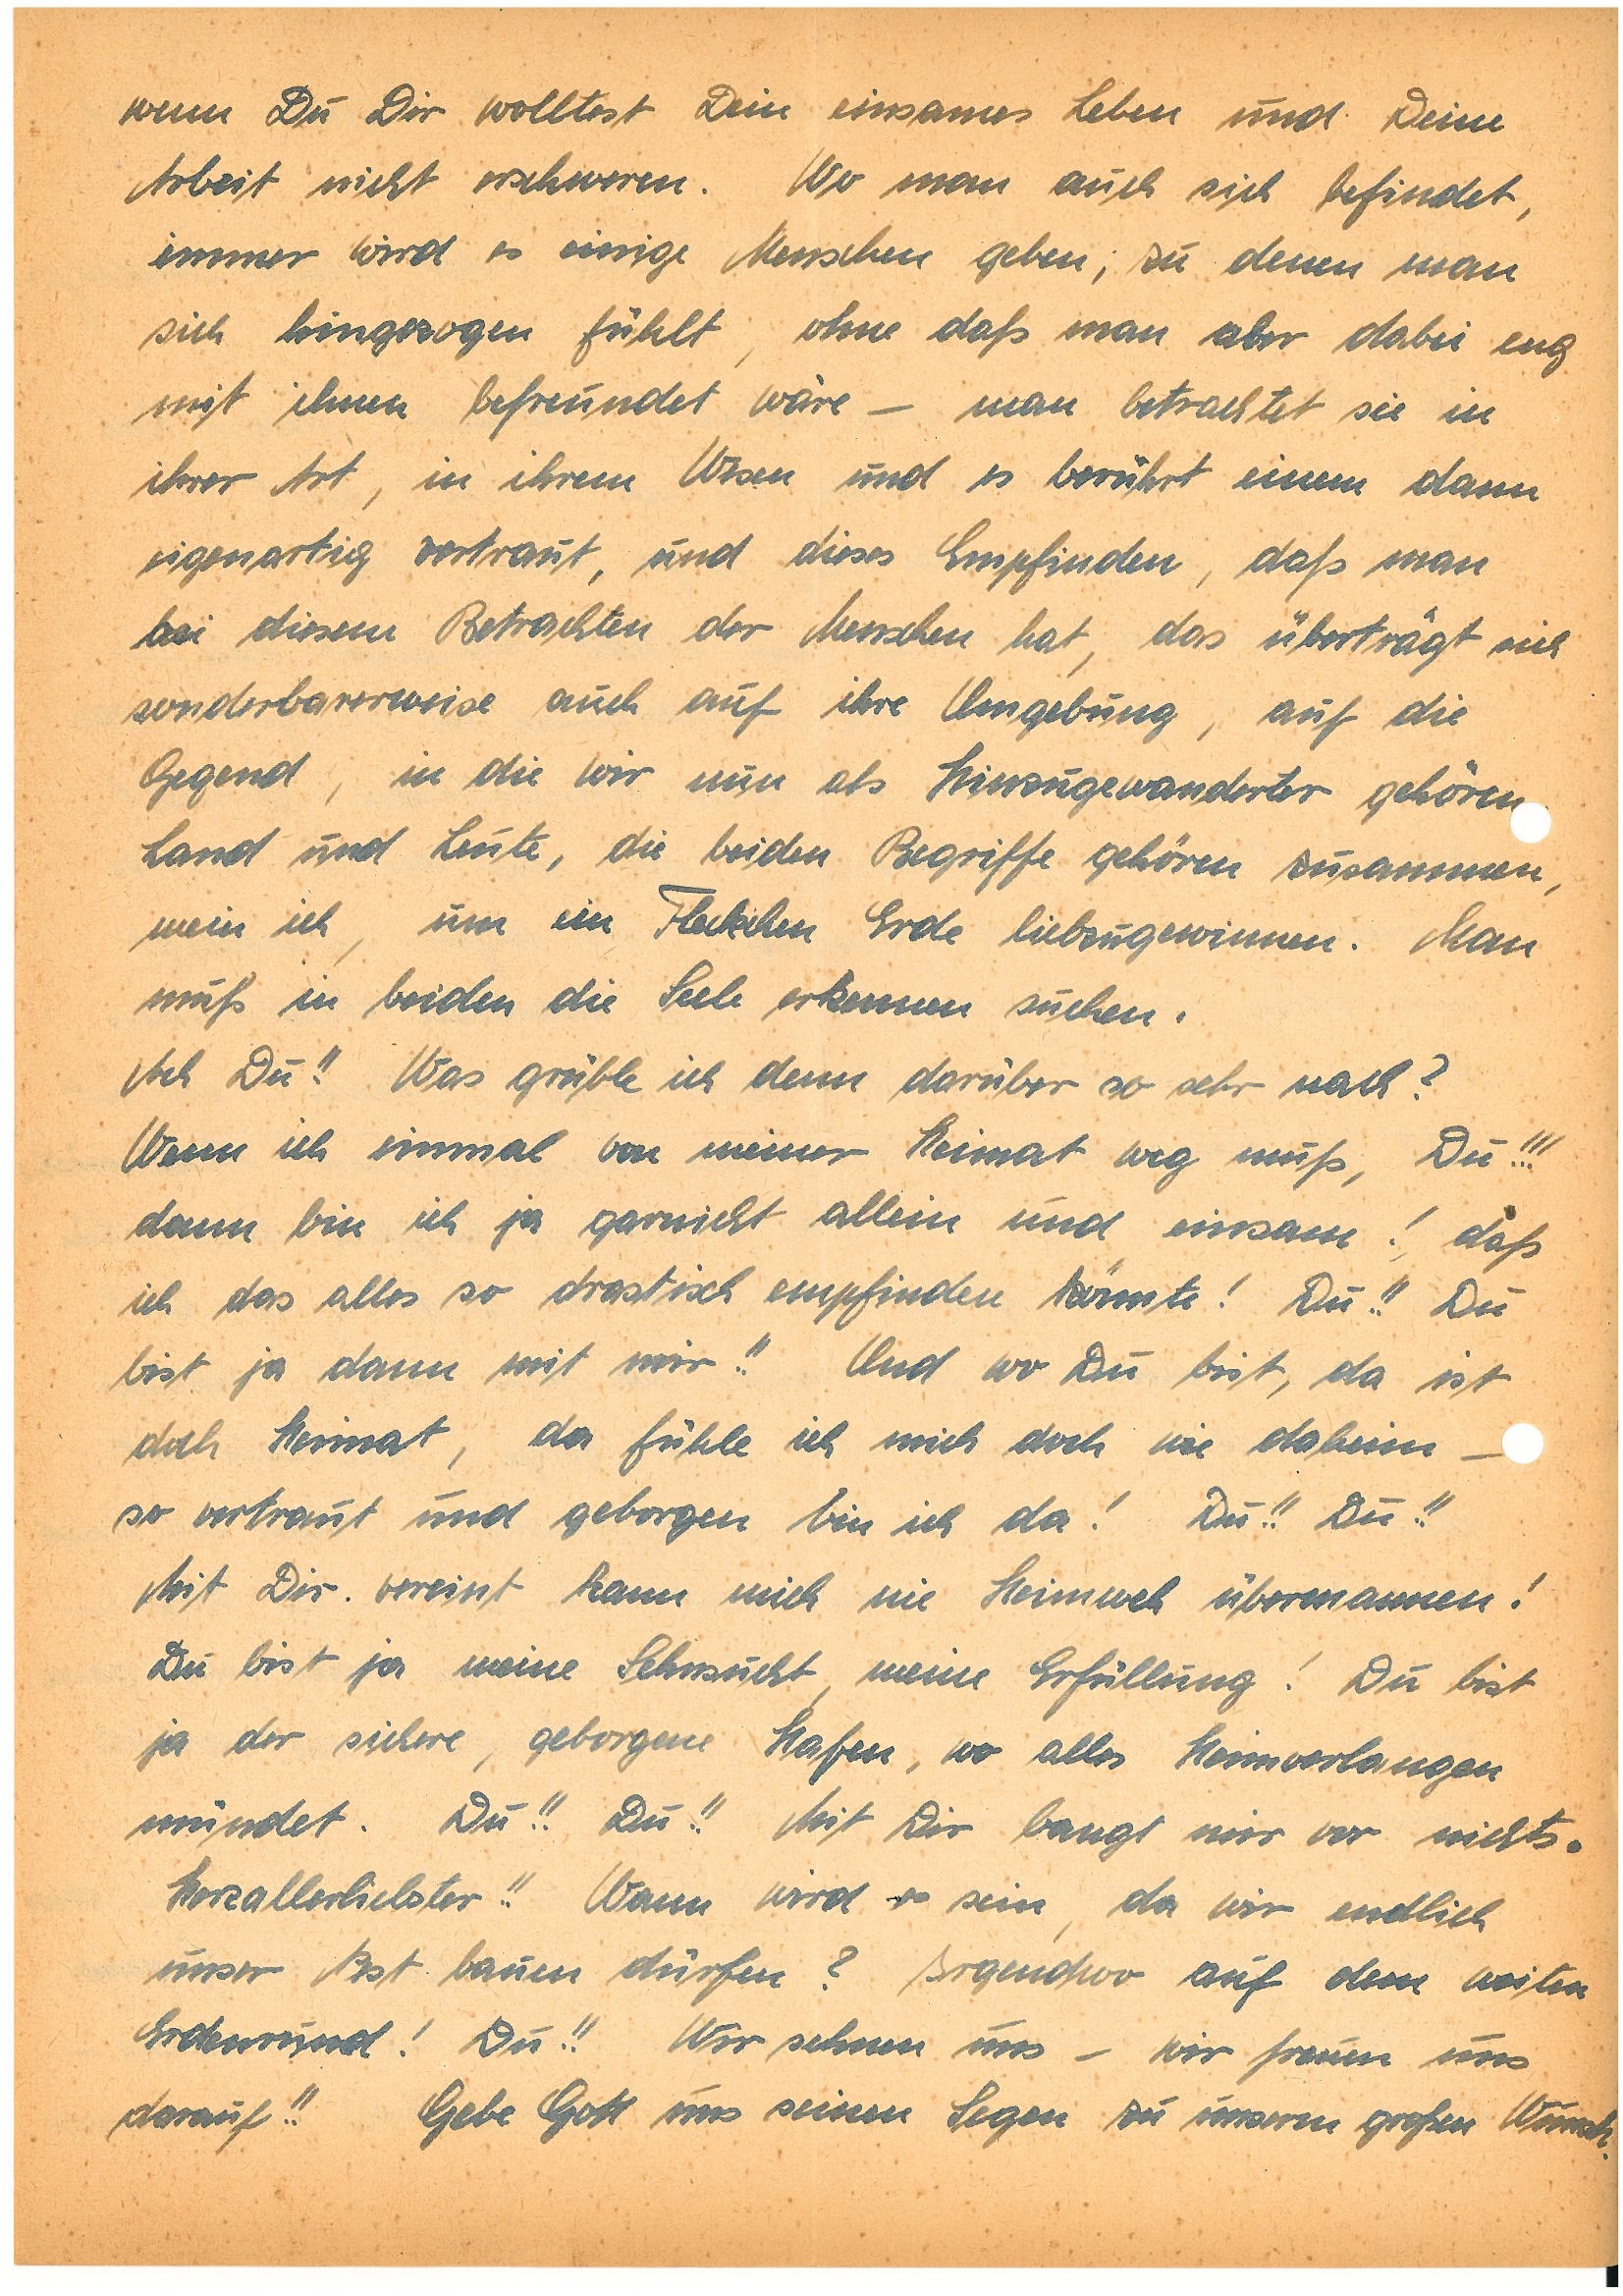
wenn Du Dir wolltest Dein einsames Leben und Deine
Arbeit nicht erschweren. Wo man auch sich befindet,
immer wird es einige Menschen geben, zu denen man
sich hingezogen fühlt, ohne daß man aber dabei eng
mit ihnen befreundet wäre – man betrachtet sie in
ihrer Art, in ihrem Wesen und es berührt einen dann
eigenartig vertraut, und dieses Empfinden, daß man
bei diesem Betrachten der Menschen hat, das überträgt sich
sonderbarerweise auch auf ihre Umgebung, auf die
Gegend, in die wir nun als Hinzugewanderter gehören.
Land und Leute, die beiden Begriffe gehören zusammen,
mein ich, um ein Fleckchen Erde liebzugewinnen. Man
muß in beiden die Seele erkennen suchen.
Ach Du!! Was grüble ich denn darüber so sehr nach?
Wenn ich einmal von meiner Heimat weg muß, Du!!!
dann bin ich ja garnicht  allein und einsam! daß
ich das alles so drastisch empfinden könnte! Du!! Du
bist ja dann mit mir!! Und wo Du bist, da ist
och Heimat, da fühle ich mich doch wie daheim –
so vertraut und geborgen bin ich da! Du!! Du!!
Mit Dir vereint kann mich nie Heimweh übermannen!
Du bist ja meine Sehnsucht, meine Erfüllung! Du bist
ja der sichere, geborgene Hafen, wo alles Heimverlangen
mündet. Du!! Du!! Mit Dir bangt mir vor nichts.
Herzallerliebster!! Wann wird es sein, da wir endlich
unser Nest bauen dürfen? Irgendwo auf dem weiten
Erdenrund! Du!! Wir sehnen uns – wir freuen uns
darauf!! Gebe Gott uns seinen Segen zu unserm großen Wunsch.